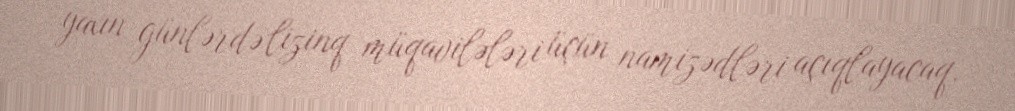
yaxın günlərdə lizinq müqavilələri üçün namizədləri açıqlayacaq.